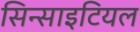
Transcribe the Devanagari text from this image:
सिन्साइटियल